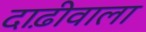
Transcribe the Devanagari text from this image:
दाढ़ीवाला